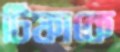
টিফাকে